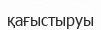
қағыстыруы